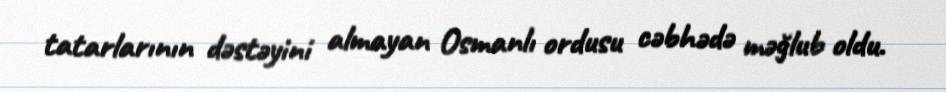
tatarlarının dəstəyini almayan Osmanlı ordusu cəbhədə məğlub oldu.